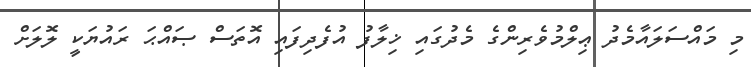
މި މައްސަލައާމެދު ޢިލްމުވެރިންގެ މެދުގައި ޚިލާފު އުފެދިފައި އޮތަސް ޞައްޙަ ރައުޔަކީ ލޮލަށް